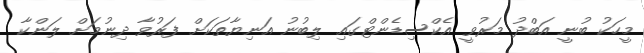
މީހަކު ބުނީ އަބްދު މަރުވީ އެކްސިޑެންޓްގައި ލިބުނު އަނިޔާތަކަށް ފަރުވާ ދިނުމަށް ލަންކާ